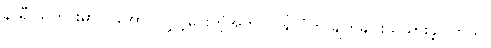
နာရီ သတင်းမှာ ပါအောင် လွှင့်ပေးတဲ့အတွက် နိုင်ငံက ချက်ချင်းသိသွားခဲ့ပါတယ်။